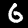
Label: 6